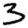
Digit: 3